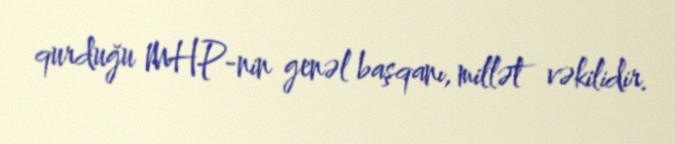
qurduğu MHP-nin genəl başqanı, millət vəkilidir.